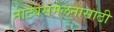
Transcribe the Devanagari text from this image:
नाट्यसंमेलनासाठी